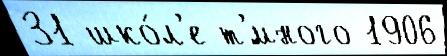
31 шко́л'е т'́много 1906